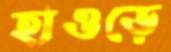
হাওড়ে